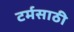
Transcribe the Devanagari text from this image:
टर्मसाठी